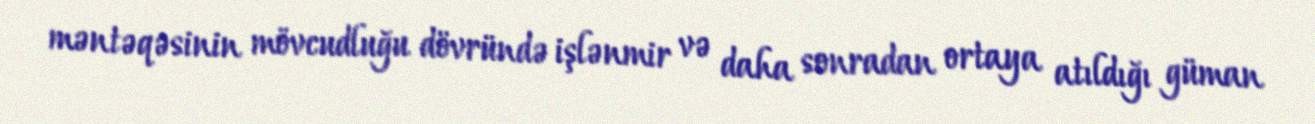
məntəqəsinin mövcudluğu dövründə işlənmir və daha sonradan ortaya atıldığı güman